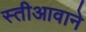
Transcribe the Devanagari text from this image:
स्तीआवाने